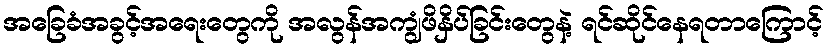
အခြေခံအခွင့်အရေးတွေကို အလွန်အကျွံဖိနှိပ်ခြင်းတွေနဲ့ ရင်ဆိုင်နေရတာကြောင့်